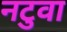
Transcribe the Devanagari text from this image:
नटुवा